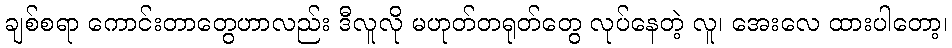
ချစ်စရာ ကောင်းတာတွေဟာလည်း ဒီလူလို မဟုတ်တရုတ်တွေ လုပ်နေတဲ့ လူ၊ အေးလေ ထားပါတော့၊